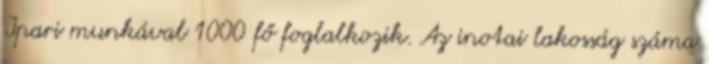
Ipari munkával 1000 fő foglalkozik. Az inotai lakosság száma